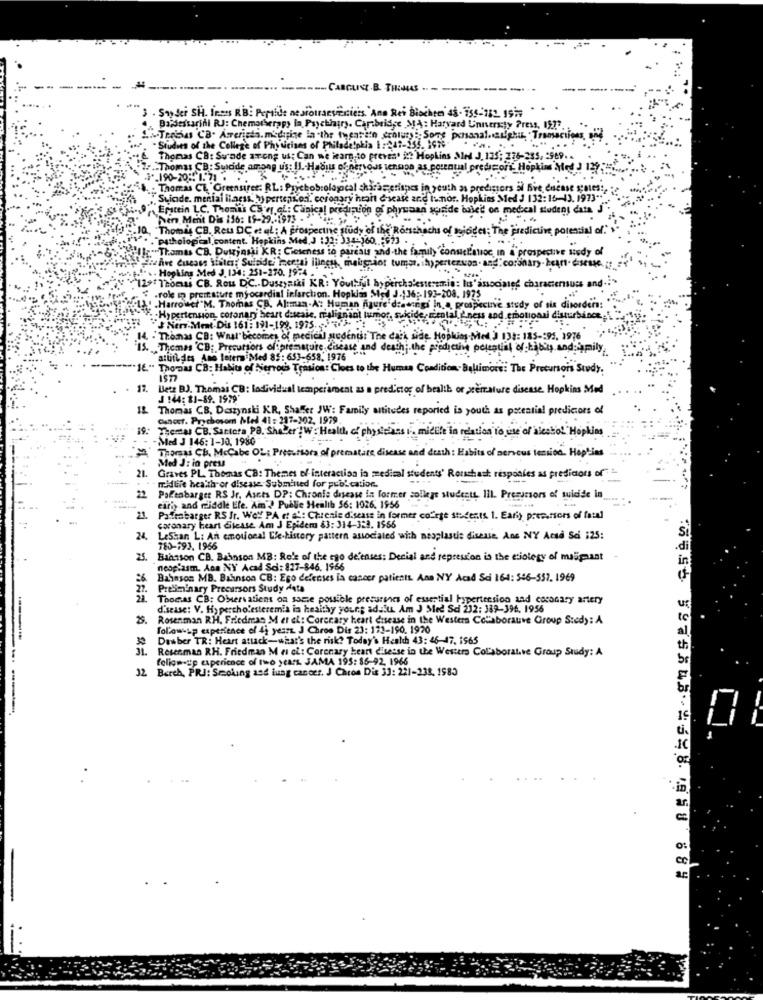
--- CABGUSZ.B. THOMAS
3 . Soy der SH. Inmes RB: Peptide ne piotraevientiers. Ann Rei Biachter 4s- iss-182, 19i
Dajdessarini RJ: Chemotherapy la Psychiatry. Cambridge MA: Harvard University Press, 1573.
. Studies of the College of Physicians of Philade!p
iladelphia 1:@ 17-255. 1976
Thomas CB: Svade arong us: Can we iearg.to prevent it? Hopkins Med J. 135: 276-235, - 969. .
Thomas C
Suscide among us: Il .- Habiu of nervous tension as porentul predsort. Hopkins Med J In ......
"_190-2055
. Thomas CL, Greensiret: RL: Prychobrolapcal chifacerings in youth as predigers Si Bve encase sales !,
-
Sticde. menial liness. >> pertension. coronary heart disease and inos. Hopkins Med J 132:16-13. 1973"
Epstein LC. Thomas CS rf, of: Clinical predimion of physaan soride balet on medical student data J
her Ment Dis 156: 15-29 .- 1973 - . ..
"Thomas CB. Reu DC et al : A prospectne study of the Rorschachs of mojodes; The 'predictive potential of." >
"patho
pcl content. Hopkins Med. J : 32: 334-360 -623
Its CB. Dutzjasi KR: Cieseness to pareals and.the family consiel'atioc In a prospective study of
ve study of
. . Hopkins Med 3, 134: 251-270. 19:4 .
ass sites: Suicide, mertsi ilingu, malignaor tums. ihypertenvos. and" cortinary-heart disease .__
CB. Rou DC .. Duszyniki KR: Youthful hypercha!
eremin: lis' ass
charactersuss and.
.role in preisture myocardial infarction. Hopkim Med J .: 36;193-208. 1975
.Harrowet"M. T
Harrowset"M. Thomas CB. Almun-A: Human figure'drawingi In a prospective study of six disorders:
: Hypertension, cotona
:: Hypertension, coronary heart disease, malignant tumor, suicide, mental ness and emotional disturbance.
J Ners-Ment Dis 161: 191-198, 1975. ....
14. . Thomas CB: What"
14. . Thonas CB: Whal"becomes of medical sedentar The dark side. Hoplim-Med ) 134: 185-95, 1976
3. Themas CB; Precutions of premature disease and death; the productive presencial of tibiy and family.
attitudes
no latera Med 85: 653-658, 1976
" ThorDas CB: Habits of Siervous Tension: Cloes to the Human Condition. Baltimore: The Precursors Study.
17. Letz BJ. Thomai CB: ladividual temperament as a predictor of health or premature disease. Hopkins Med
J 144: $1-$9. 1979'
1& Thomas CB, Daszynski KR, Shaffer JW: Family altitudes reported is youth as potential predictors of
Cancer. Prychosom hled 41 : 217-302, 1979
19:
Themas CB. Santora PB. Shader W: Health, of physicians i. michile in relation to use of alcohol Hopkins
- Med J 146: 1-10, 1980
Thomas CB. Mccabe OL: Precursors of premature disease and death: Habits of nervous tension. Hoplies
Med J: in press
21.
midlife health or disease. Submitted for publication.
Graves PL. Thomas Ca: Themes of interaction in medical students' Rousshast responles as predictors of
22
Paleobarger RS Jr. Ascts DP: Chronie dascase in former college students, 111. Prezessors of suicide in
ari and middle Efe. Am'? Public Health 56: 1026. 1956
21.
Paffenbarger RS Ir. Weyl PA et e': Chrenie disease in former courge students 1. Ears) pree.rsors of fatal
coronary heart disease Am J Epidem 63: 314-329. 1566
24.
LeStan L: An emotional Che-history pattern associated with meaplastic disease, Anc NY Acad Sci :25:
780-193. 1966
Biasson CB. Bainson MB: Re's of the ego defenses: Decial and repression is the etiology of maipast
neoplasm. Aos NY Acad Sci: 127-846. 1966
Bahnson MB. Bahnson CB: Ego defenses la cancer patients. Ana NY Acad Sci 164: 546-557. 1969
27.
Preliminary Precursors Study data
22
Thomas CB: Observations on same possible preturanes of essential hypertension and coronary artery
disease: V. Hypercholesteremis in healthy young adult Am J Med Sci 232: 389-396. 1956
u
Rosenman RH. Friedman M et el: Coronary heart disease in the Western Collaborative Group Stedy: A
follow-up experience of 45 yesr. J Chroo Dis 23: 171-190. 1920
-----
30
Dasber TR: Heart attack-what's the risk? Today's Health 43: 46-47, 1565
Resenmas RH. Friedman M r of: Coronary heart disesse in the Westers Collaborative Group Study: A
felice-up experience of two years JAMA 195: 86-92. 1966
32
Berch, PRJ: Smoking and lung cancer. J Chron Dis 33: 221-238. 1985